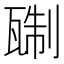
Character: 𬎭